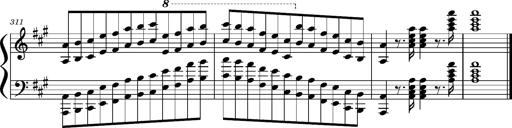
Title: Concerto sans orchestre, S.524a
Composer: Franz Liszt
Key: A major